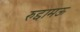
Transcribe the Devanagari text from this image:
रुद्दामऊ